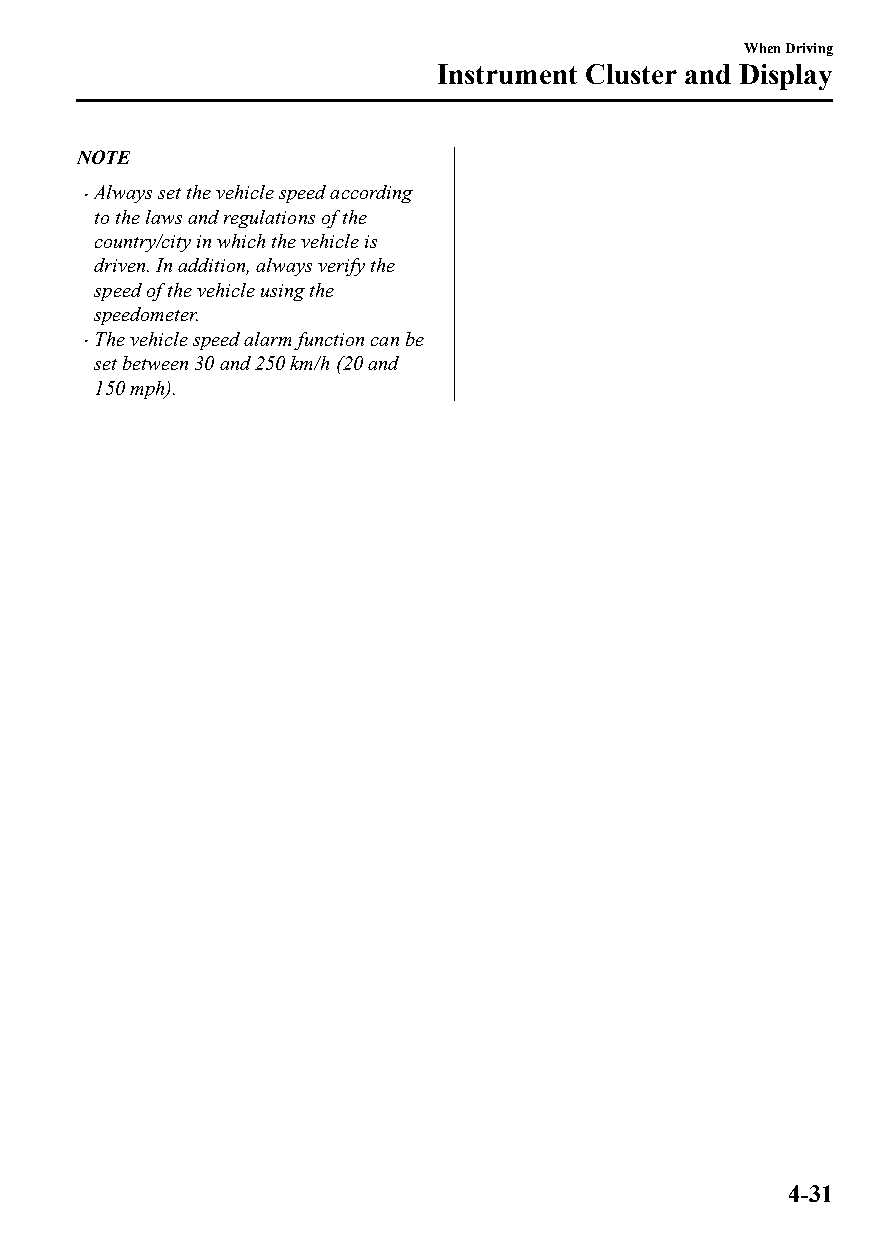
When Driving
 Instrument Cluster and Display
 NOTE
 Always set the vehicle speed according
 
 to the laws and regulations of the
 country/city in which the vehicle is
 driven. In addition, always verify the
 speed of the vehicle using the
 speedometer.
 The vehicle speed alarm function can be
 
 set between 30 and 250 km/h (20 and
 150 mph).
 4-31
 CX-3_8GT4-EE-18D_Edition4                  2018-9-6 18:32:19